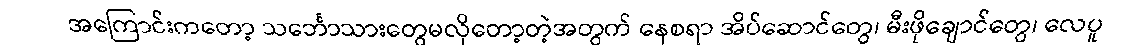
အကြောင်းကတော့ သင်္ဘောသားတွေမလိုတော့တဲ့အတွက် နေစရာ အိပ်ဆောင်တွေ၊ မီးဖိုချောင်တွေ၊ လေပူ